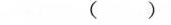
( )